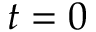
t = 0